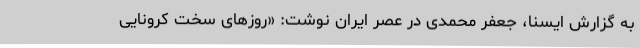
به گزارش ایسنا، جعفر محمدی در عصر ایران نوشت: «روزهای سخت کرونایی